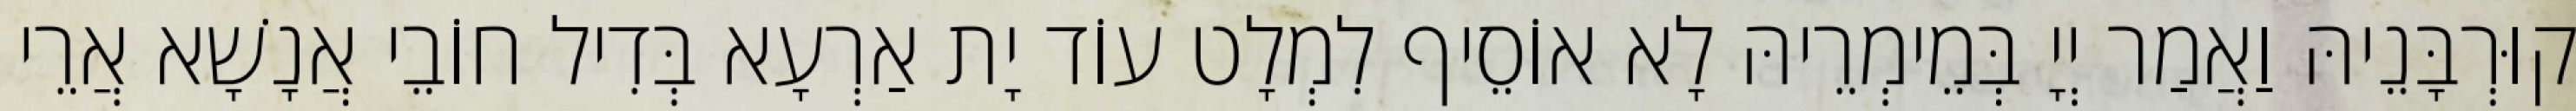
קוּרְבָּנֵיהּ וַאֲמַר יְיָ בְּמֵימְרֵיהּ לָא אוֹסֵיף לִמְלָט עוֹד יָת אַרְעָא בְּדִיל חוֹבֵי אֲנָשָׁא אֲרֵי